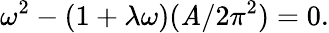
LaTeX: \omega^{2}-(1+\lambda\omega)(\mathit{A}/2\pi^{2})=0.